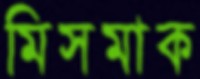
মিসমাক